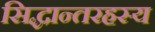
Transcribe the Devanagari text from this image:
सिद्धान्तरहस्य